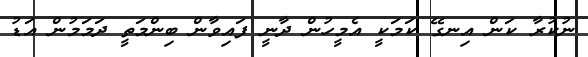
ނުކުރާ ކަން އިނގޭ ކަމަކީ އެމީހުން ދާނީ ފައިވާން ބިންމަތީ ދަމަމުން އަޑު